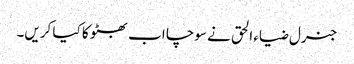
جنرل ضیاء الحق نے سوچا اب بھٹو کا کیا کریں۔